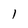
Character: 1